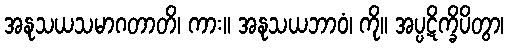
အနုသယသမာဂတာတိ၊ ကား။ အနုသယဘာဝံ၊ ကို။ အပ္ပဋိက္ခိပိတွာ၊